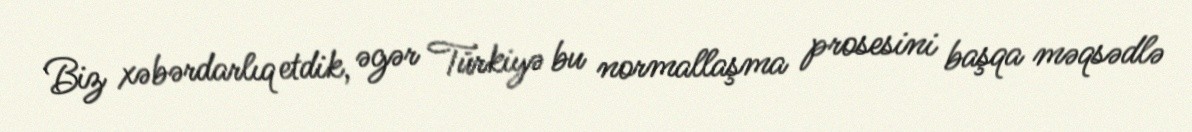
Biz xəbərdarlıq etdik, əgər Türkiyə bu normallaşma prosesini başqa məqsədlə